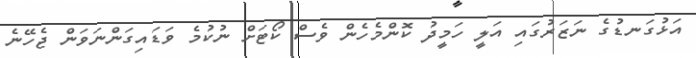
އަޅުގަނޑުގެ ނަޒަރުގައި އަލީ ހަމީދު ކޮންމެހެން ވެސް ކޯޓަށް ނުކުމެ ވަޑައިގަންނަވަން ޖެހޭނެ